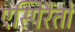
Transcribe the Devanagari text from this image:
एस्पिरैंतो